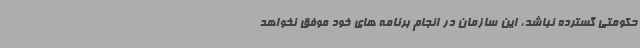
حکومتی گسترده نباشد، این سازمان در انجام برنامه های خود موفق نخواهد